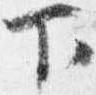
下